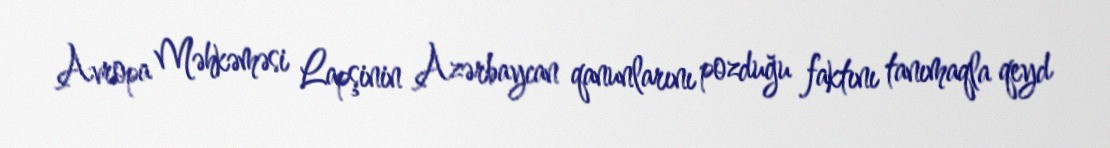
Avropa Məhkəməsi Lapşinin Azərbaycan qanunlarını pozduğu faktını tanımaqla qeyd